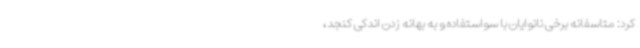
کرد: متاسفانه برخی نانوایان با سواستفاده و به بهانه زدن اندکی کنجد،